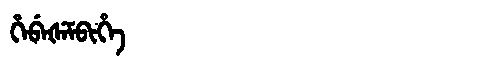
Manchu: ᡥᡝᠪᡝᡧᡝᠮᠪᡳᡥᡝ
Romanization: HEBEŠEMBIHE